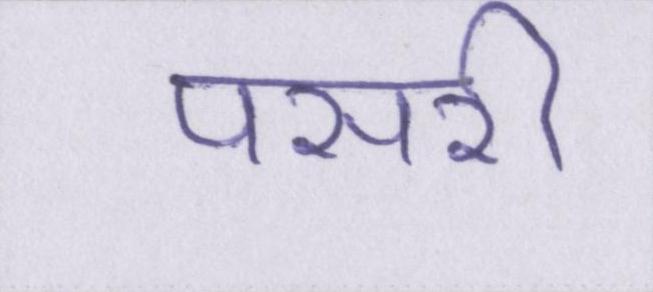
पसरी